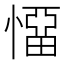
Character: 𭞬